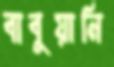
বাবুয়ানি